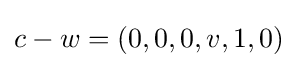
c-w=(0,0,0,v,1,0)